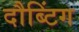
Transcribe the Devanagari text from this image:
दौब्टिंग